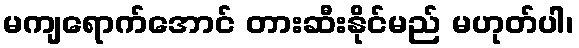
မကျရောက်အောင် တားဆီးနိုင်မည် မဟုတ်ပါ၊